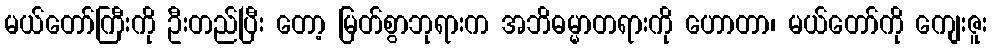
မယ်တော်ကြီးကို ဦးတည်ပြီး တော့ မြတ်စွာဘုရားက အဘိဓမ္မာတရားကို ဟောတာ၊ မယ်တော်ကို ကျေးဇူး